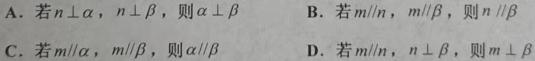
A. 若$n\perp\alpha$，$n\perp\beta$，则$\alpha\perp\beta$
B. 若$m\parallel n$，$m\parallel\beta$，则$n\parallel\beta$
C. 若$m\parallel\alpha$，$m\parallel\beta$，则$\alpha\parallel\beta$
D. 若$m\parallel n$，$n\perp\beta$，则$m\perp\beta$